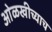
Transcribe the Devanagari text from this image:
ओळखीच्याच